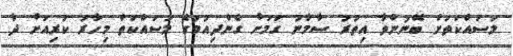
މަސައްކަތަށް ބޭނުންވާ އިތުރު ސާމާނު ގަމަށް ގެންދިއުމުގެ މަސައްކަތް މިހާރު ކުރިއަށް ދާ